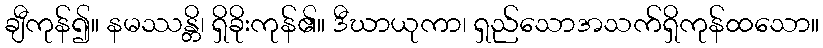
ချီကုန်၍။ နမဿန္တိ၊ ရှိခိုးကုန်၏။ ဒီဃာယုကာ၊ ရှည်သောအသက်ရှိကုန်ထသော။